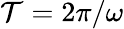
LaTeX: \mathcal{T}=2\pi/\omega